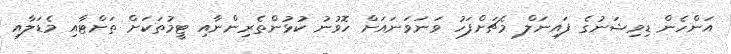
އަންހެން ޑިވިޝަނުގެ ފައިނަލް މެޗަށްފަހު ވަނަވަނައަށް ހޮވުނު ކުޅުންތެރިންނާއި ޓީމުތަކަށް ތަށްޓާއި މެޑަލާއި